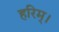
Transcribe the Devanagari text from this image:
हरिम्।